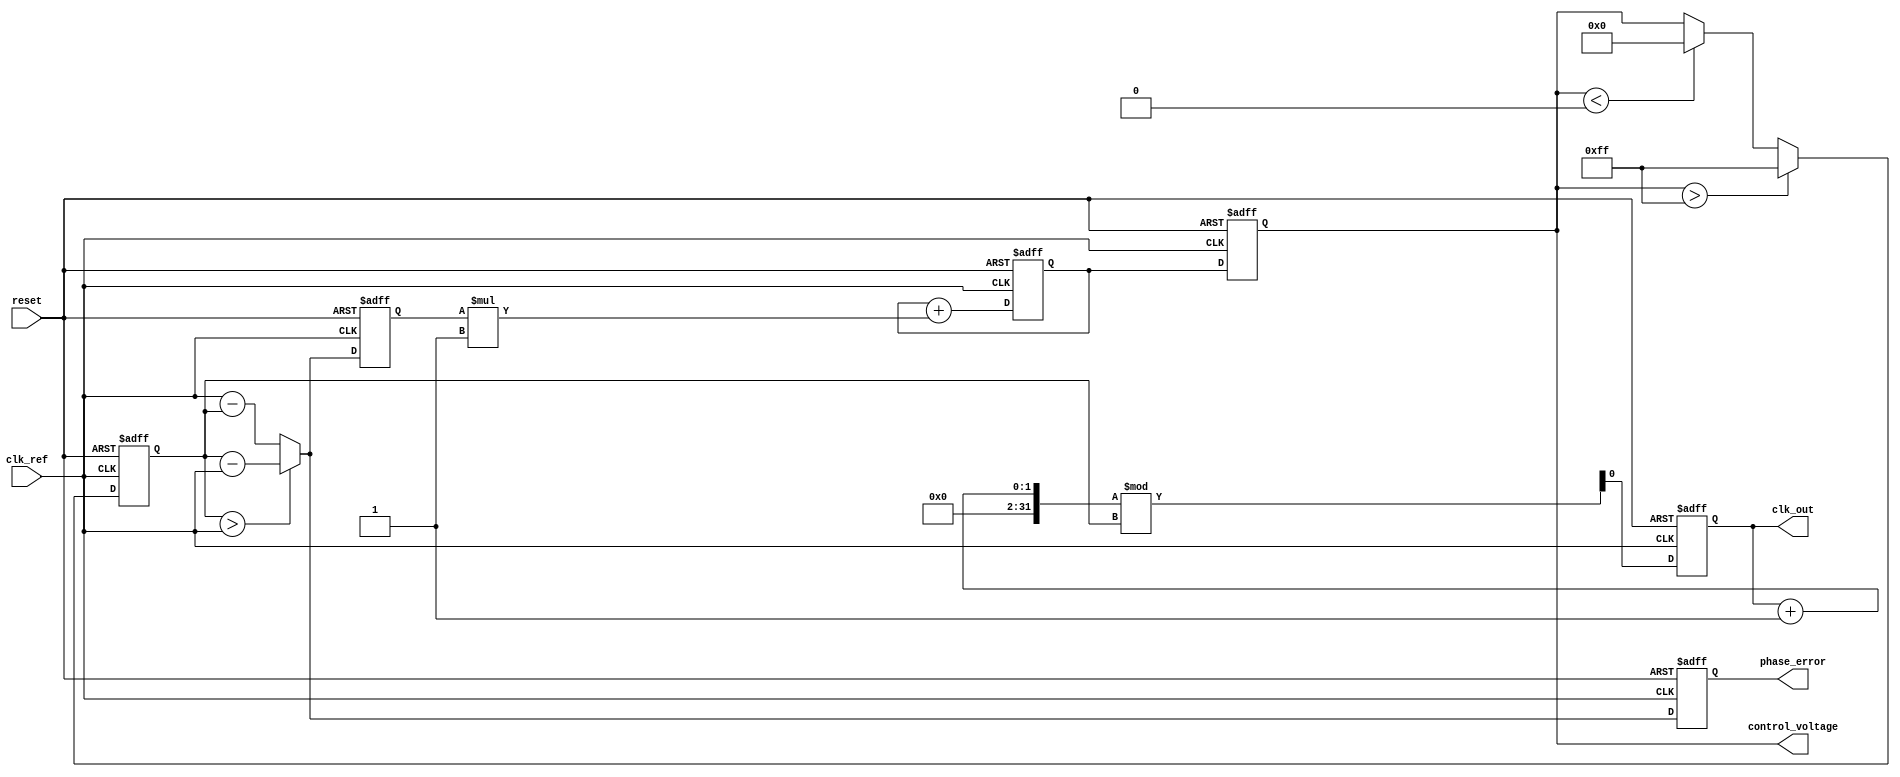
module type1_PLL (
    input wire clk_ref,          // Reference clock input
    input wire reset,            // Reset signal
    output reg clk_out,          // Output clock
    output reg [7:0] phase_error, // Phase error signal for monitoring
    output reg [7:0] control_voltage // Control voltage for VCO
);

// Parameters
parameter VCO_MAX_FREQ = 255; // Maximum frequency for VCO
parameter VCO_MIN_FREQ = 0;   // Minimum frequency for VCO
parameter LOOP_FILTER_GAIN = 1; // Gain for loop filter

// Internal signals
reg [7:0] vco_output;          // VCO output frequency
reg [7:0] phase_detector_out;  // Output from phase detector
reg [7:0] loop_filter_out;     // Output from loop filter

// Phase Detector (PD)
always @(posedge clk_ref or posedge reset) begin
    if (reset) begin
        phase_detector_out <= 0;
        phase_error <= 0;
    end else begin
        // Simple phase detector logic (PWM)
        if (vco_output > clk_ref) begin
            phase_detector_out <= vco_output - clk_ref; // VCO is leading
            phase_error <= vco_output - clk_ref;
        end else begin
            phase_detector_out <= clk_ref - vco_output; // VCO is lagging
            phase_error <= clk_ref - vco_output;
        end
    end
end

// Loop Filter (LF)
always @(posedge clk_ref or posedge reset) begin
    if (reset) begin
        loop_filter_out <= 0;
        control_voltage <= 0;
    end else begin
        // Simple first-order loop filter
        loop_filter_out <= loop_filter_out + (phase_detector_out * LOOP_FILTER_GAIN);
        control_voltage <= loop_filter_out;
    end
end

// Voltage-Controlled Oscillator (VCO)
always @(posedge clk_ref or posedge reset) begin
    if (reset) begin
        vco_output <= VCO_MIN_FREQ;
        clk_out <= 0;
    end else begin
        // Control VCO frequency based on control voltage
        if (control_voltage > VCO_MAX_FREQ) begin
            vco_output <= VCO_MAX_FREQ;
        end else if (control_voltage < VCO_MIN_FREQ) begin
            vco_output <= VCO_MIN_FREQ;
        end else begin
            vco_output <= control_voltage;
        end
        
        // Generate output clock based on VCO output
        clk_out <= (clk_out + 1) % vco_output; // Simple clock generation
    end
end

endmodule